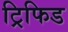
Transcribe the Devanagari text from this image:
ट्रिफिड